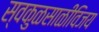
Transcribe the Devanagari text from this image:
स्वकुळसाळीविजय